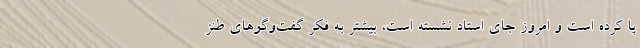
پا کرده است و امروز جای استاد نشسته است، بیشتر به فکر گفت‌وگوهای طنز